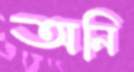
অনি